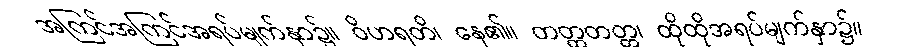
အကြင်အကြင်အရပ်မျက်နှာ၌။ ဝိဟရတိ၊ နေ၏။ တတ္တတတ္တ၊ ထိုထိုအရပ်မျက်နှာ၌။